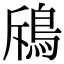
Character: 𩿪